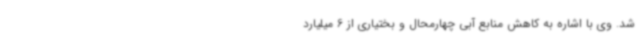
شد. وی با اشاره به کاهش منابع آبی چهارمحال و بختیاری از 6 میلیارد